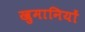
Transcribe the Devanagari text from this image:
खुमानियों